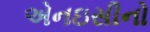
એનઇસીનો